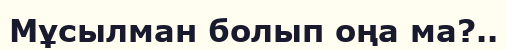
Мұсылман болып оңа ма?..